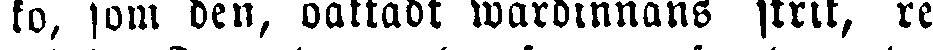
ko, som den, oaktadt wärdinnans skrit, ref